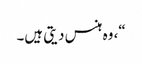
“، وہ ہنس دیتی ہیں۔